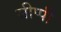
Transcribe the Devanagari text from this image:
सीप्पी